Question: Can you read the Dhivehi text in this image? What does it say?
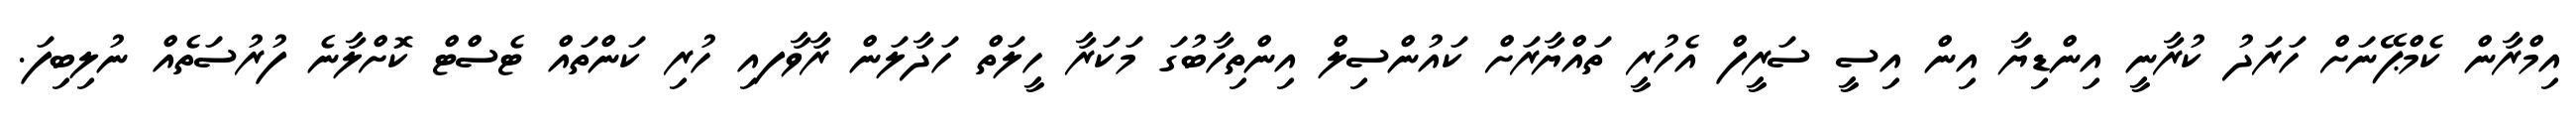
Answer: އިމްރާން ކެމްޕޭނަށް ހަރަދު ކުރާނީ އިންޑިޔާ އިން އިސީ ސަރީފް އެހުރީ ތައްޔާރަށް ކައުންސިލް އިންތިހާބުގަ މަކަރާ ހީލަތް ހަދާލަން ރާވާފއި ހުރި ކަންތައް ޓެސްޓް ކޮށްލާނެ ފުރުސަތެއް ނުލިބިފަ.